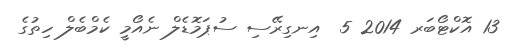
13 އޮކްޓޯބަރ 2014 5  އިނގިރޭސި ސުޕަމޮޑެލް ނެއޯމީ ކެމްބެލް ހިތުގެ